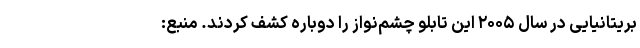
بریتانیایی در سال ۲۰۰۵ این تابلو چشم‌نواز را دوباره کشف کردند. منبع: